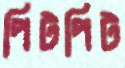
পিটপিট